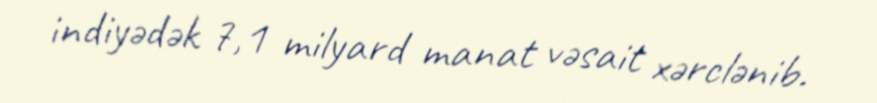
indiyədək 7,1 milyard manat vəsait xərclənib.